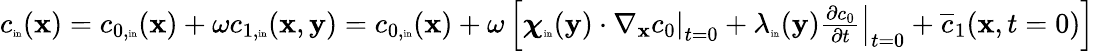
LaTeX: \begin{array}{r}{c_{\tiny\mathrm{in}}(\textbf x)=c_{0,\tiny\mathrm{in}}(\textbf x)+\omega c_{1,\tiny\mathrm{in}}(\textbf x,\mathbf y)=c_{0,\tiny\mathrm{in}}(\textbf x)+\omega\left[\boldsymbol\chi_{\tiny\mathrm{in}}(\mathbf y)\cdot\left.\nabla_{\mathbf x}c_{0}\right|_{t=0}+\lambda_{\tiny\mathrm{in}}(\mathbf y)\left.\frac{\partial c_{0}}{\partial t}\right|_{t=0}+\overline{c}_{1}(\mathbf x,t=0)\right]}\end{array}